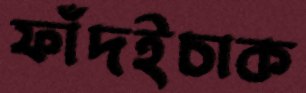
ফাঁদইচাক